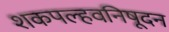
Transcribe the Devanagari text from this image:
शकपल्हवनिषूदन